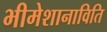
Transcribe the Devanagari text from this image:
भीमेशानाविति